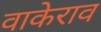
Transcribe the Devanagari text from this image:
वाकेराव